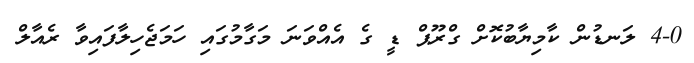
4-0 ލަނޑުން ކާމިޔާބުކޮށް ގްރޫޕް ޑީ ގެ އެއްވަނަ މަގާމުގައި ހަމަޖެހިލާފައިވާ ރެއާލް